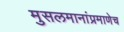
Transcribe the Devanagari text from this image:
मुसलमानांप्रमाणेच